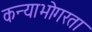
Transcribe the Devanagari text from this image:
कन्याभोगरता